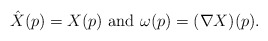
\begin{align*}\hat X(p) = X(p) \mbox{ and } \omega(p)= (\nabla X )(p).\end{align*}